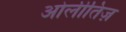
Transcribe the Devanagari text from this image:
ओलीतिज़